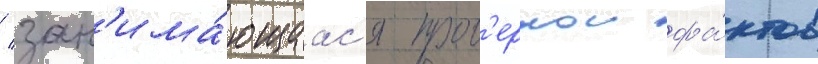
/ зан'има́ющаас'я пров'еркои фа́ктов